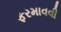
ફરમાવવી